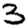
Digit: 3